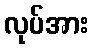
လုပ်အား